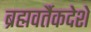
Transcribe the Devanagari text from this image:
ब्रह्मवर्तैकदेशे